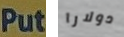
Put دولارا